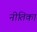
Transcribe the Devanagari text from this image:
नीतिका